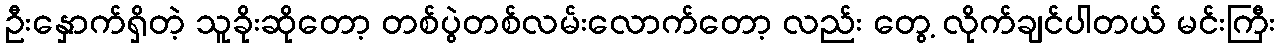
ဦးနှောက်ရှိတဲ့ သူခိုးဆိုတော့ တစ်ပွဲတစ်လမ်းလောက်တော့ လည်း တွေ့ လိုက်ချင်ပါတယ် မင်းကြီး